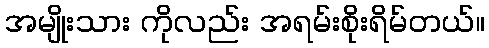
အမျိုးသား ကိုလည်း အရမ်းစိုးရိမ်တယ်။